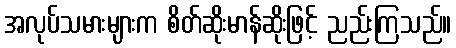
အလုပ်သမားများက စိတ်ဆိုးမာန်ဆိုးဖြင့် ညည်းကြသည်။